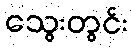
သွေးတွင်း